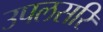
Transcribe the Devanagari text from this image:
उपलसरि